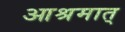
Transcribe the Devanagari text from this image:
आश्रमात्‌